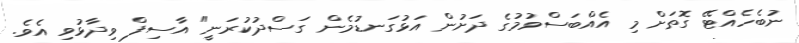
ނުބެހެއްޓޭ ގޮތަށް މި އެއްބަސްވުމުގެ ދަށުން އަޅުގަނޑުމެން ގަސްދުކުރަނީ" އާސިފް ވިދާޅުވި އެވެ.